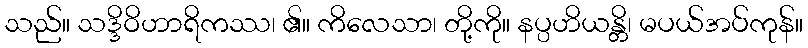
သည်။ သဒ္ဒိဝိဟာရိကဿ၊ ၏။ ကိလေသာ၊ တို့ကို။ နပ္ပဟိယန္တိ၊ မပယ်အပ်ကုန်။